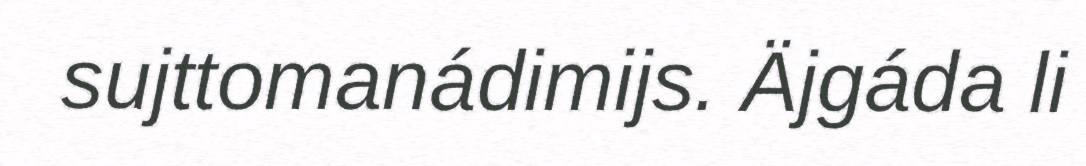
sujttomanádimijs. Äjgáda li